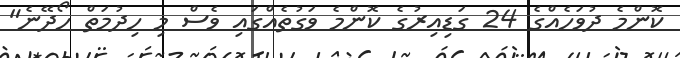
ކޮންމެ ދުވަހެއްގެ 24 ގަޑިއިރުގެ ކޮންމެ ވަގުތެއްގައި ވެސް މި ހިދުމަތް ހޯދޭނެ"